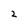
Character: 2